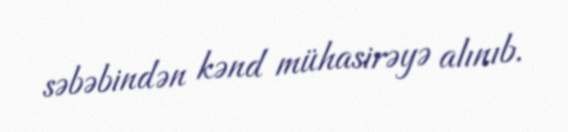
səbəbindən kənd mühasirəyə alınıb.